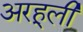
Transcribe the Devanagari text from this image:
अरहूली